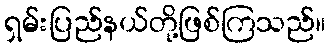
ရှမ်းပြည်နယ်တို့ဖြစ်ကြသည်။